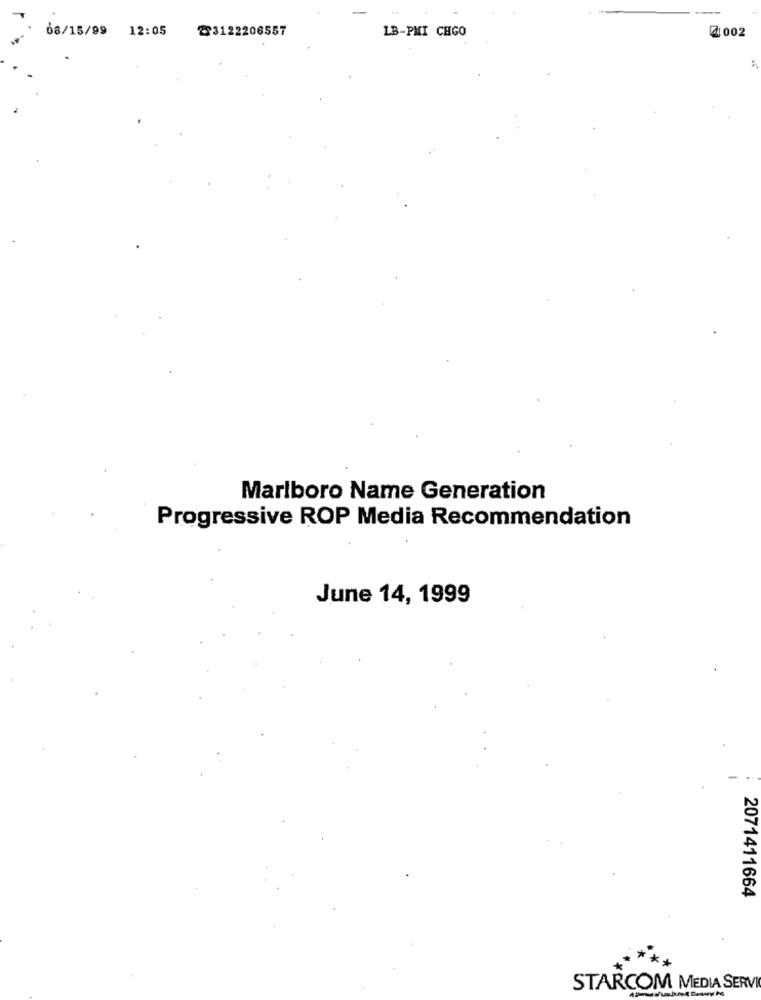
08/15/99 12:05
23122206557
LB-PMI CHGO
2 002
Marlboro Name Generation
Progressive ROP Media Recommendation
June 14, 1999
2071411664
STARCOM MEDIA SERVIC